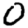
Digit: 0